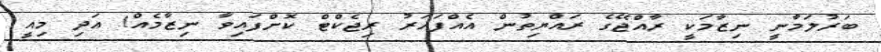
ބަރުލަމާނީ ނިޒާމަކީ ރާއްޖޭގެ ރައްޔިތުން އެއްފަހަރު ރިޖެކްޓް ކޮށްފައިވާ ނިޒާމެއް! އަދި މިއީ